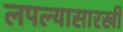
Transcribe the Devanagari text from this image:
लपल्यासारखी